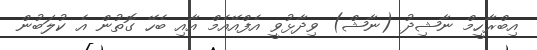
އިބްރާހީމް ނާޝިދު (ނާޝް) ވިދާޅުވީ އެފްއޭއެމް އާއި ބެހޭ ގޮތުން އެ ކުލަބުން